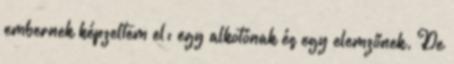
embernek képzeltem el: egy alkotónak és egy elemzőnek. De